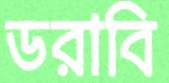
ডরাবি